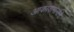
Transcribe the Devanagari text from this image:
आकाशमार्गाने